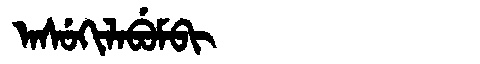
Manchu: ᠠᠰᡠᡴᡳᠯᠠᠪᡠᠮᠪᡳ
Romanization: ASUKILABUMBI